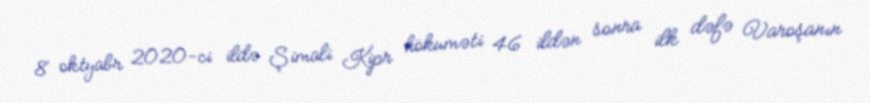
8 oktyabr 2020-ci ildə Şimali Kipr hökuməti 46 ildən sonra ilk dəfə Varoşanın